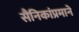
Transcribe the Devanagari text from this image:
सैनिकांप्रमाने